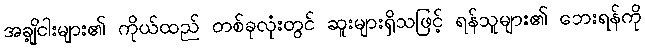
အချို့ငါးများ၏ ကိုယ်ထည် တစ်ခုလုံးတွင် ဆူးများရှိသဖြင့် ရန်သူများ၏ ဘေးရန်ကို